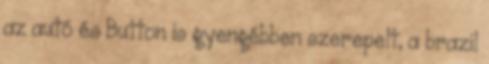
az autó és Button is gyengébben szerepelt, a brazil